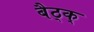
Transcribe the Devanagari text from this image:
बैठ्क्